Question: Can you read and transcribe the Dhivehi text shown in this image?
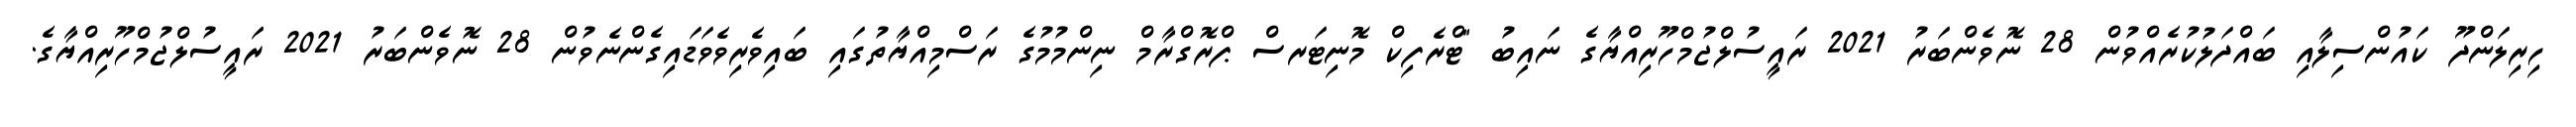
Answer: ހިރިލަންދޫ ކައުންސިލާއި ބައްދަލުކުރެއްވުން 28 ނޮވެންބަރު 2021 ރައީސުލްޖުމްހޫރިއްޔާގެ ނައިބު "ޓްރެފިކް މޮނިޓަރސް ޕްރޮގްރާމް ނިންމުމުގެ ރަސްމިއްޔާތުގައި ބައިވެރިވެވަޑައިގެންނެވުން 28 ނޮވެންބަރު 2021 ރައީސުލްޖުމްހޫރިއްޔާގެ.